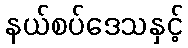
နယ်စပ်ဒေသနှင့်